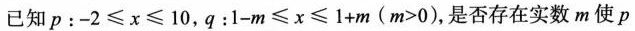
已知p：-2 ≤ x ≤ 10，q：1-m ≤ x ≤ 1+m (m>0)，是否存在实数m使p